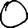
Digit: 0